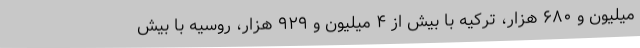
میلیون و ۶۸۰ هزار، ترکیه با بیش از ۴ میلیون و ۹۲۹ هزار، روسیه با بیش